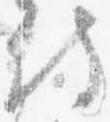
侍